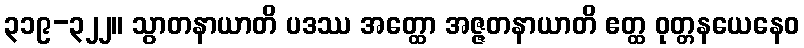
၃၁၉-၃၂၂။ သွာတနာယာတိ ပဒဿ အတ္ထော အဇ္ဇတနာယာတိ ဧတ္ထ ဝုတ္တနယေနေဝ